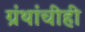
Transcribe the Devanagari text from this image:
ग्रंथांचीही